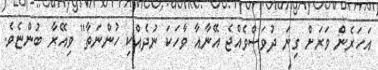
އަހަރެން ވަރަށް ގިނަ ދުވަސްވެއްޖެ އޭނާއާ ވާހަކަ ނުދެއްކި ހުންނަތާ" ވިއޭރާ ބުންޏެވެ.